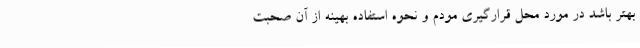
بهتر باشد در مورد محل قرارگیری مودم و نحوه استفاده بهینه از آن صحبت